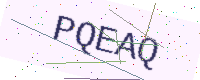
Text: PQEAQ